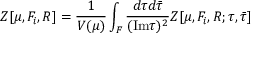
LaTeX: Z [ \mu , F _ { i } , { \cal R } ] = \frac { 1 } { V ( \mu ) } \int _ { \cal F } \frac { d \tau d { \bar { \tau } } } { ( \mathrm { I m } \tau ) ^ { 2 } } Z [ \mu , F _ { i } , { \cal R } ; \tau , { \bar { \tau } } ]